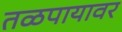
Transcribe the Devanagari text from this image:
तळपायावर